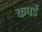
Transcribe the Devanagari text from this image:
कपडें